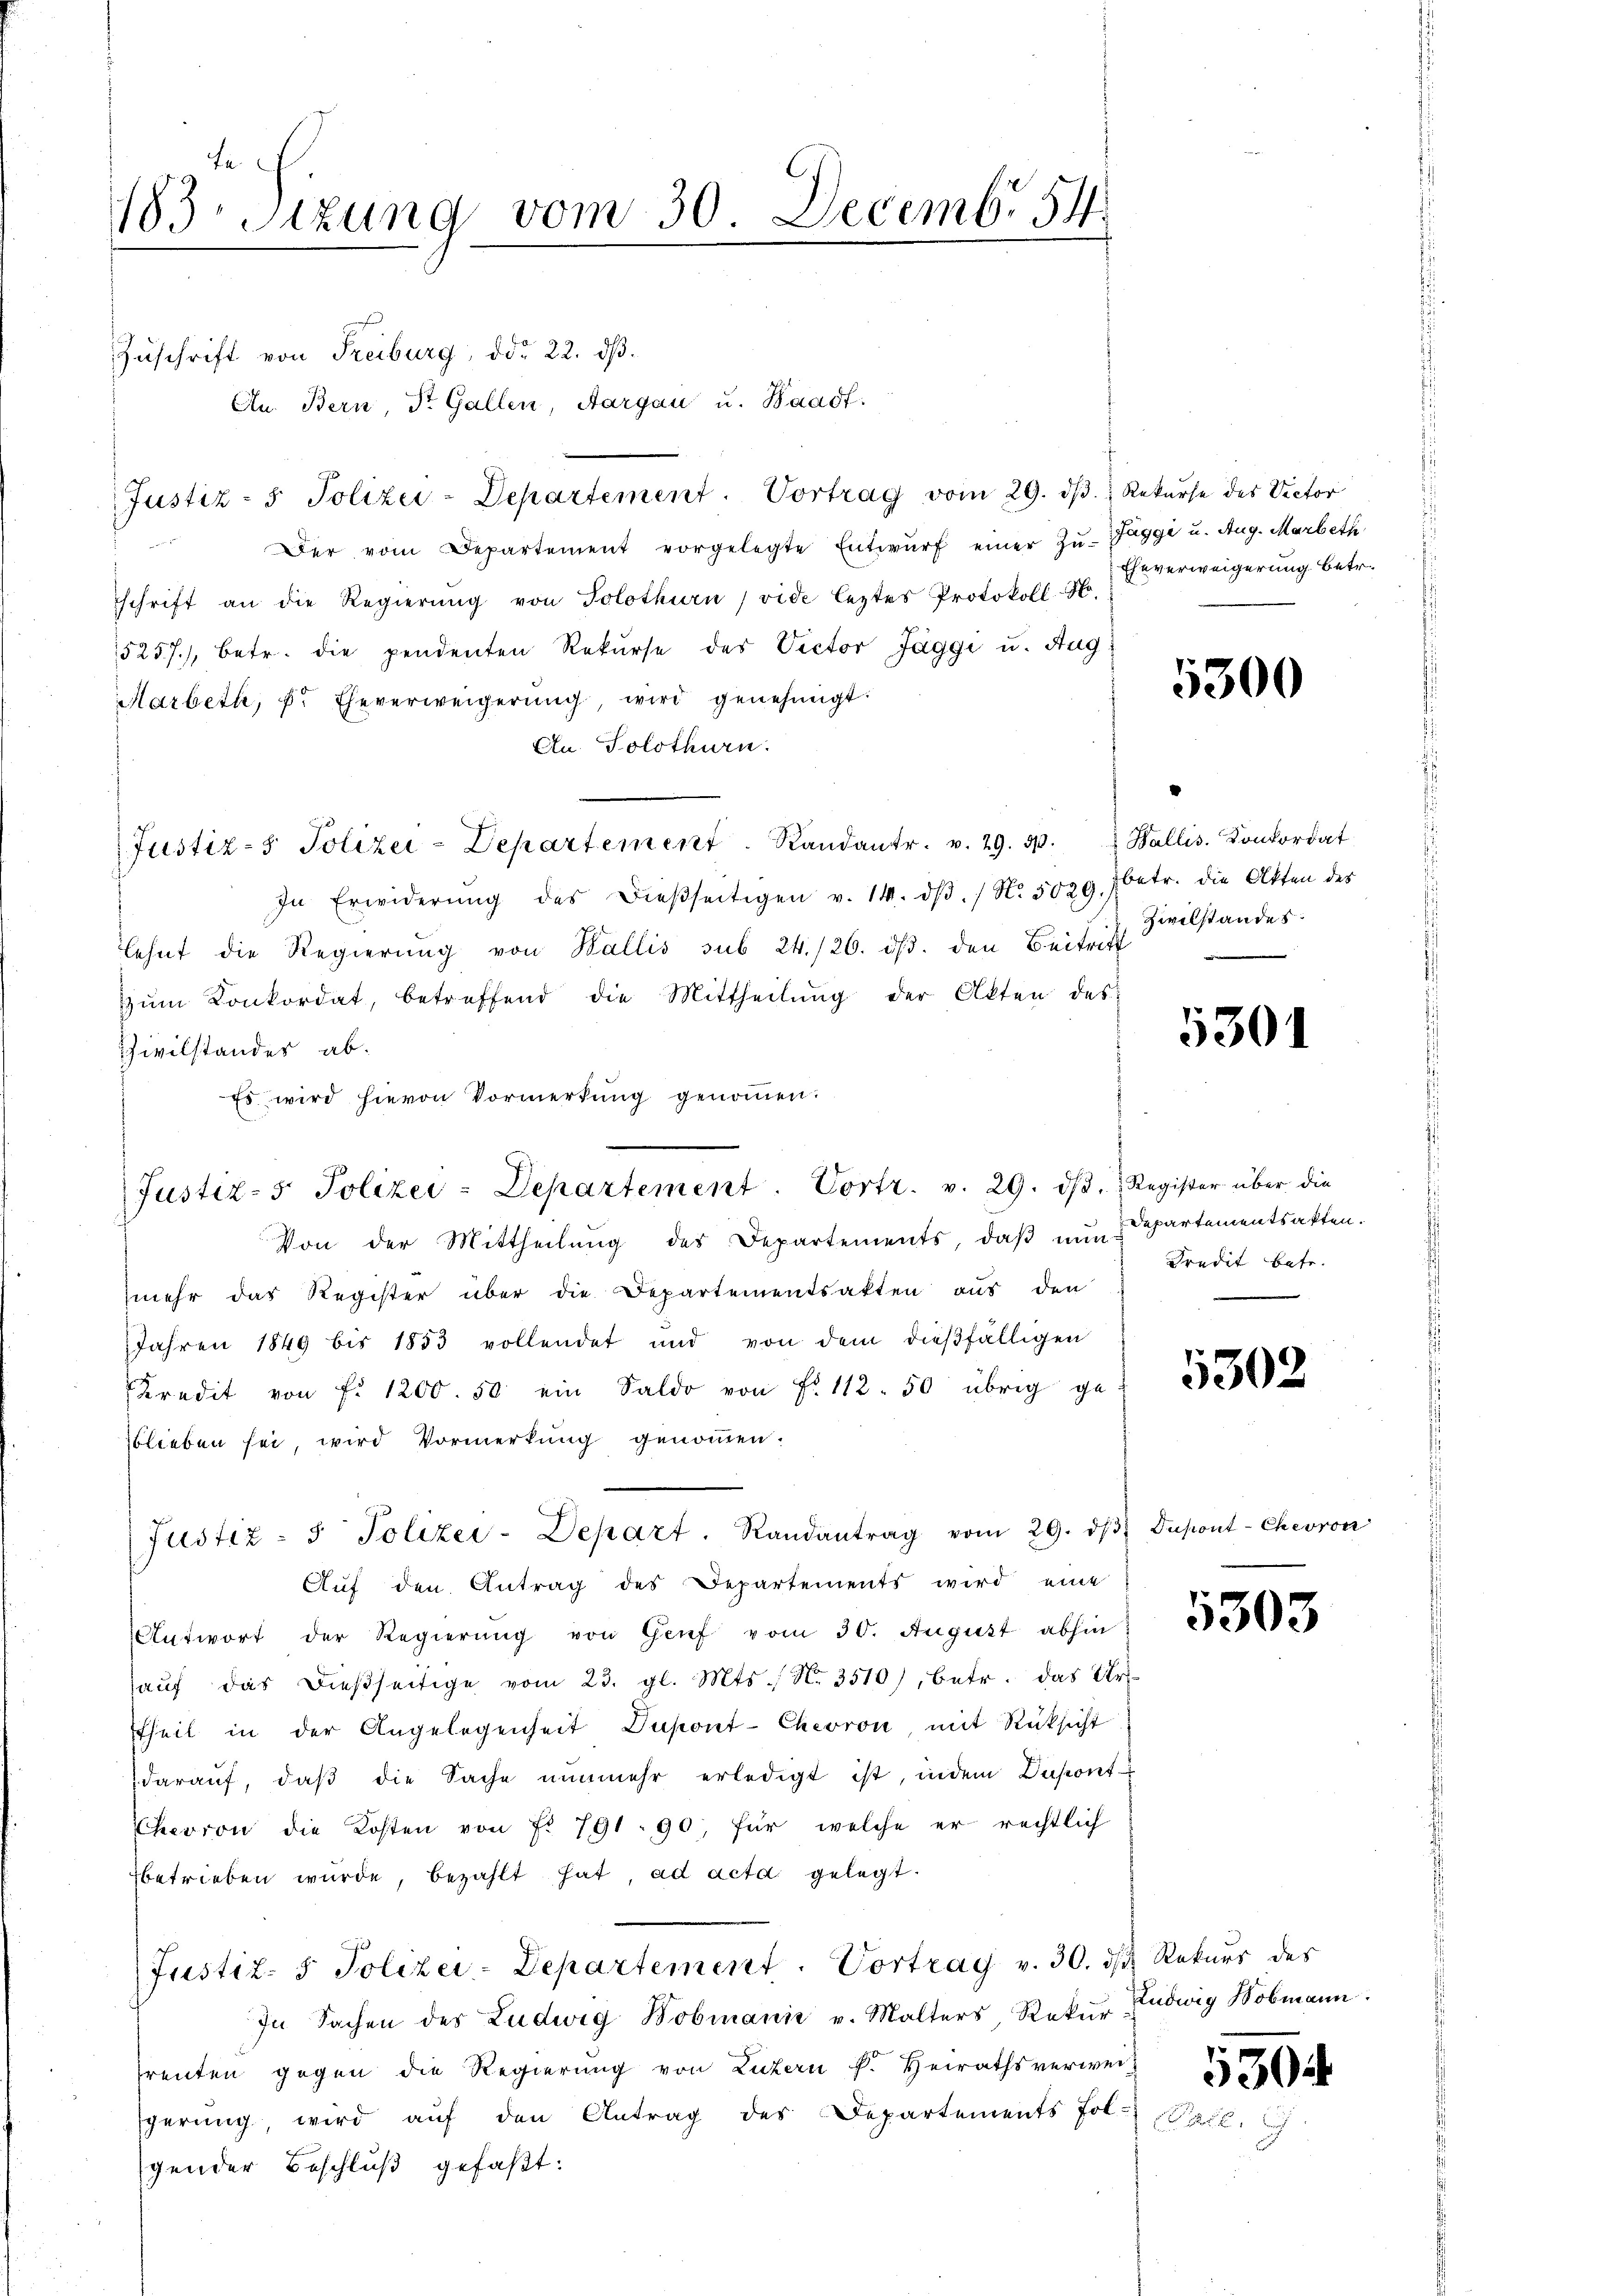
183 Sizung vom 30. Decemb. 54

Zuschrift von Freiburg, ddo 22. dβ.
An. Bern, Dr. Gallen, Aargau u. Waadt.
Justiz- & Polizei-Departement. Vortrag vom 29. dβ.  Rekurse des Victor
Der vom Departement vorgelegte Entwŭrf einer Zŭ-Zaggi u. Aug. Marbeth
p
schrift an die Regierŭng von Solothurn, vide leztes Protokoll N.
5257), betr. die pendenten Rekurse des Victor Jaggi u. Aug
Harbeth, P. Eheverweigerung wird genehmigt.
An. Solothurn.
In Erwiderŭng des dießseitigen v. 14. dβ. / N. 5029. betr. die Akten der
lehnt die Regierŭng von Wallis sub 24./26. dβ. den Beitritt
zŭm Konkordat, betreffend die Mittheilŭng der Akten des
Civilstandes ab.
Es wird hievon Vormerkŭng genoṁen.
Von der Mittheilung des Departements, daß nun Departementsakten.
mehr das Register über die Departementsakten aus den
Jahren 1849 bis 1853 vollendet und von dem dießfälligen
Kredit von f. 1200. 50 ein Saldo von Fr. 112.50 übrig ge
blieben sei, wird Vormerkung genommen.
Justiz- & Polizei-Depart. Randantrag vom 29. dβ Dupont-Chevron
Auf den Antrag des Departements wird eine
Antwort der Regierung von Genf vom 30. August abhin
aŭf das dießseitige vom 23. gl. Mts., N. 3510), betr. das Ur-
Etheil in der Angelegenheit Dupont-Chevron mit Rücksicht
daraŭf, daβ die Sache nŭnmehr erledigt ist, indem Dapont
Chevron die Kosten von fr. 791. 90, für welche er rechtlich
betrieben wurde, bezahlt hat, ad acta gelegt.
Justiz- & Polizei-Departement. Vortrag v. 30. ds Rekurs des
In Sachen des Ludwig Bobmanić v. Malters, Rekŭr Ludwig Nobmann.
renten gegen die Regierung von Luzern k. Heirathsverwei-
gerung wird auf den Antrag des Departements fol-
gender Beschluß gefaßt:

Justiz- Polizei-Departement. Randantr. v. 29. 500. Wallis. Konkordat

Justiz-5. Polizei-Departement. Vortr. v. 29. dβ. Register über die

Eheverweigerung betr.

5300

Zivilstandes

5301

Predit betr.

5302

5303

530